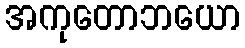
အကုတောဘယော